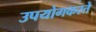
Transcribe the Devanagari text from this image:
उपयोगकरते